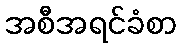
အစီအရင်ခံစာ